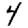
Digit: 4